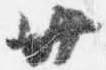
廿